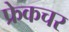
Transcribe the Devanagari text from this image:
फ्रेकचर